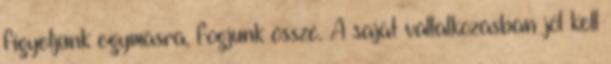
figyeljünk egymásra, fogjunk össze. A saját vállalkozásban jól kell